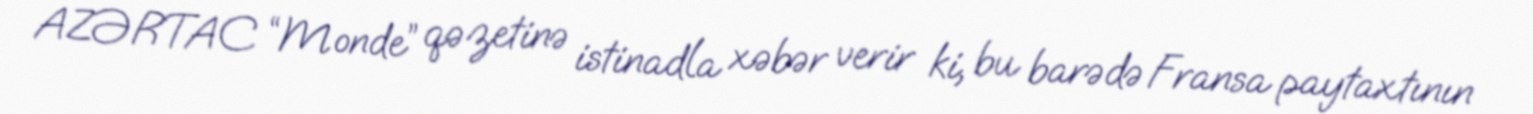
AZƏRTAC “Monde” qəzetinə istinadla xəbər verir ki, bu barədə Fransa paytaxtının